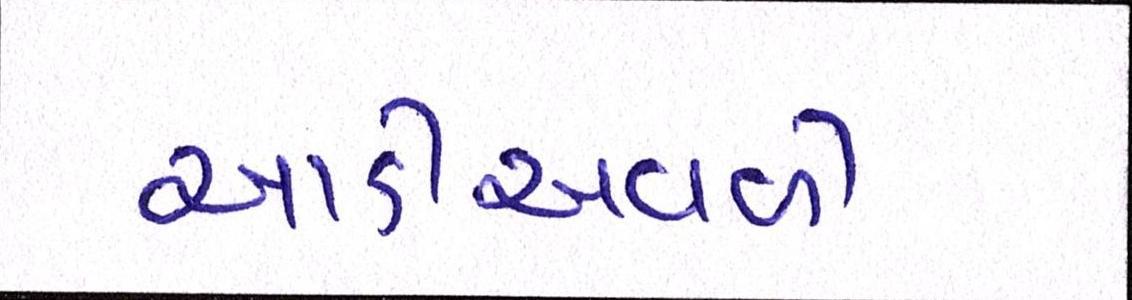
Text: આડીઅવળી